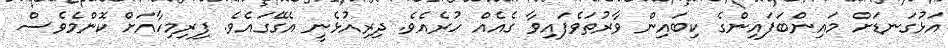
އަޅުގަނޑަށް މައިންބަފައިންގެ ކިބައިން ވާރުތަވެފައިވާ ގެއެއް ހުރެއެވެ. ދިރިއުޅެނީ އެގޭގައެވެ. ފިރިމިހާއަށް ކޮންމެވެސް